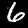
Digit: 6